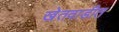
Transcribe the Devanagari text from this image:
खेतवाडीत